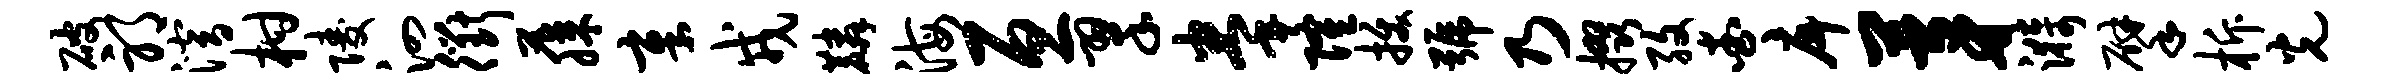
破邪潜柑陵泗衢藤章戎麟海亘翠拳隆拔号乃掇孜查戽茅漪擘柝光